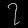
Digit: ၇